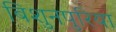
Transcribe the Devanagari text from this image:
बिशुनपुरिया